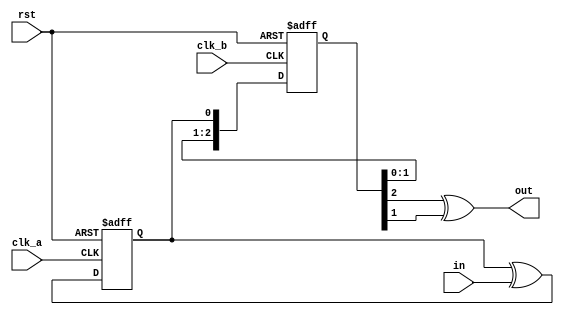
// This program was cloned from: https://github.com/lnis-uofu/OpenFPGA
// License: MIT License

//////////////////////////////////////////////////////////////////////
////                                                              ////
//// WISHBONE SD Card Controller IP Core                          ////
////                                                              ////
//// monostable_domain_cross.v                                    ////
////                                                              ////
//// This file is part of the WISHBONE SD Card                    ////
//// Controller IP Core project                                   ////
//// http://opencores.org/project,sd_card_controller              ////
////                                                              ////
//// Description                                                  ////
//// Clock synchronisation beetween two clock domains.            ////
//// Assumption is that input signal duration is always           //// 
//// one clk_a clock period. If that is true output signal        ////
//// duration is always one clk_b clock period.                   ////
////                                                              ////
//// Author(s):                                                   ////
////     - Marek Czerski, ma.czerski@gmail.com                    ////
////                                                              ////
//////////////////////////////////////////////////////////////////////
////                                                              ////
//// Copyright (C) 2013 Authors                                   ////
////                                                              ////
//// This source file may be used and distributed without         ////
//// restriction provided that this copyright statement is not    ////
//// removed from the file and that any derivative work contains  ////
//// the original copyright notice and the associated disclaimer. ////
////                                                              ////
//// This source file is free software; you can redistribute it   ////
//// and/or modify it under the terms of the GNU Lesser General   ////
//// Public License as published by the Free Software Foundation; ////
//// either version 2.1 of the License, or (at your option) any   ////
//// later version.                                               ////
////                                                              ////
//// This source is distributed in the hope that it will be       ////
//// useful, but WITHOUT ANY WARRANTY; without even the implied   ////
//// warranty of MERCHANTABILITY or FITNESS FOR A PARTICULAR      ////
//// PURPOSE. See the GNU Lesser General Public License for more  ////
//// details.                                                     ////
////                                                              ////
//// You should have received a copy of the GNU Lesser General    ////
//// Public License along with this source; if not, download it   ////
//// from http://www.opencores.org/lgpl.shtml                     ////
////                                                              ////
//////////////////////////////////////////////////////////////////////

module monostable_domain_cross(
    input rst,
    input clk_a,
    input in, 
    input clk_b,
    output out
);

// this changes level when the in is seen in clk_a
reg toggle_clk_a;
always @(posedge clk_a or posedge rst)
begin
    if (rst)
        toggle_clk_a <= 0;
    else
        toggle_clk_a <= toggle_clk_a ^ in;
end

// which can then be sync-ed to clk_b
reg [2:0] sync_clk_b;
always @(posedge clk_b or posedge rst)
begin
    if (rst)
        sync_clk_b <= 0;
    else
        sync_clk_b <= {sync_clk_b[1:0], toggle_clk_a};
end

// and recreate the flag in clk_b
assign out = (sync_clk_b[2] ^ sync_clk_b[1]);

endmodule